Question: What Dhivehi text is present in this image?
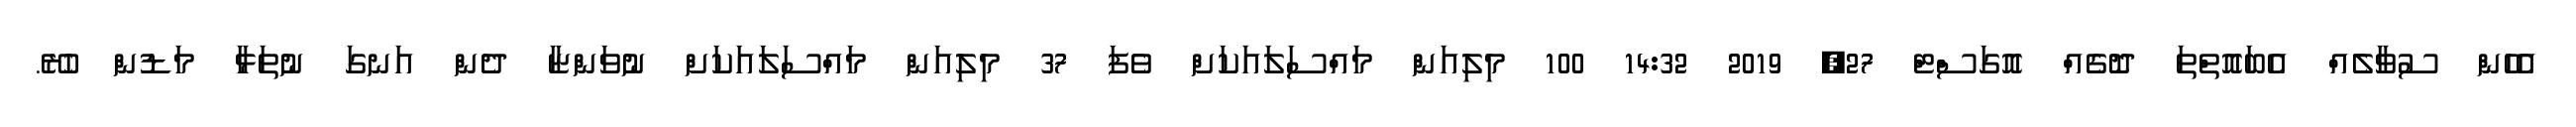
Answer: އެހެން ސުވާލެއް އެބައޮތްތަ ދޮގެއް އޮގަސްޓް 27, 2019 14:32 100 މިލިއަން މައްސަލައަކަށް ވެފަ 37 މިލިއަން މައްސަލައަކަށް ނުވަންޏާ ދެން އަނގަ ނުތަޅާ މަޑުން ހުރޭ.